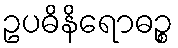
ဥပဓိနိရောဓဉ္စ